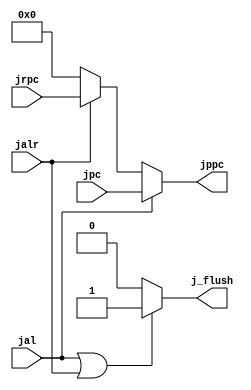

module jhazard (
    input         jal,
    input         jalr,
    input  [31:0] jpc,
    input  [31:0] jrpc,

    output        j_flush,
    output [31:0] jppc
);

    assign j_flush = (jal|jalr) ? 1'b1 : 1'b0;
    

    assign jppc = jal ? jpc : (jalr ? jrpc : 32'b0);


    
endmodule